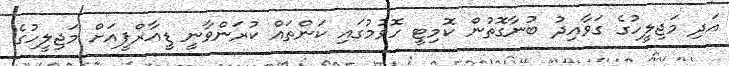
އަދި މަޖިލީހުގެ ގަވާއިދު ބުނާގޮތުން ކޮމިޓީ ހޮވުމުގައި ކަންތައް ކުރަންވާނީ ޑީއާރްޕީއަށް މަޖިލީހުގެ